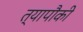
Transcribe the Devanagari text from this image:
त्यापौकी